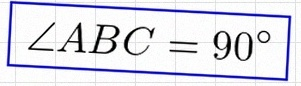
\angle ABC=90^\circ